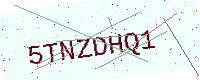
Text: 5TNZDHQ1